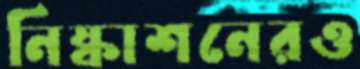
নিষ্কাশনেরও